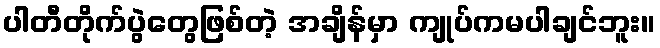
ပါတီတိုက်ပွဲတွေဖြစ်တဲ့ အချိန်မှာ ကျုပ်ကမပါချင်ဘူး။